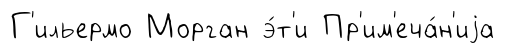
Г'ильермо Морган э́т'и Пр'им'еча́н'иjа